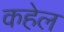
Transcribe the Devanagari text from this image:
कहेल